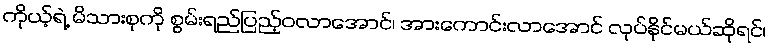
ကိုယ့်ရဲ့ မိသားစုကို စွမ်းရည်ပြည့်ဝလာအောင်၊ အားကောင်းလာအောင် လုပ်နိုင်မယ်ဆိုရင်၊